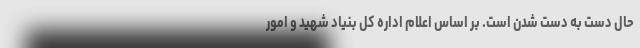
حال دست به دست شدن است. بر اساس اعلام اداره کل بنیاد شهید و امور